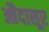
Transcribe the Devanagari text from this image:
औंदासूर